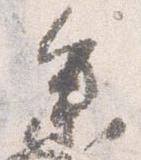
参